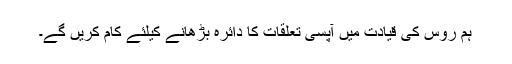
ہم روس کی قیادت میں آپسی تعلقات کا دائرہ بڑھانے کیلئے کام کریں گے۔